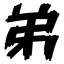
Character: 弟